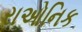
રાઓનિક